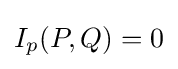
I_{p}(P,Q)=0